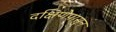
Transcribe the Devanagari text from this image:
दक्षिणेपासुन